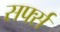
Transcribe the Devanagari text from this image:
सर्फ्स